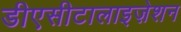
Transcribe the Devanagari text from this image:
डीएसीटालाइज़ेशन